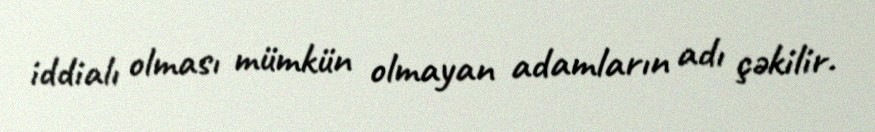
iddialı olması mümkün olmayan adamların adı çəkilir.